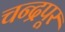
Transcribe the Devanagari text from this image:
चन्द्रपूर